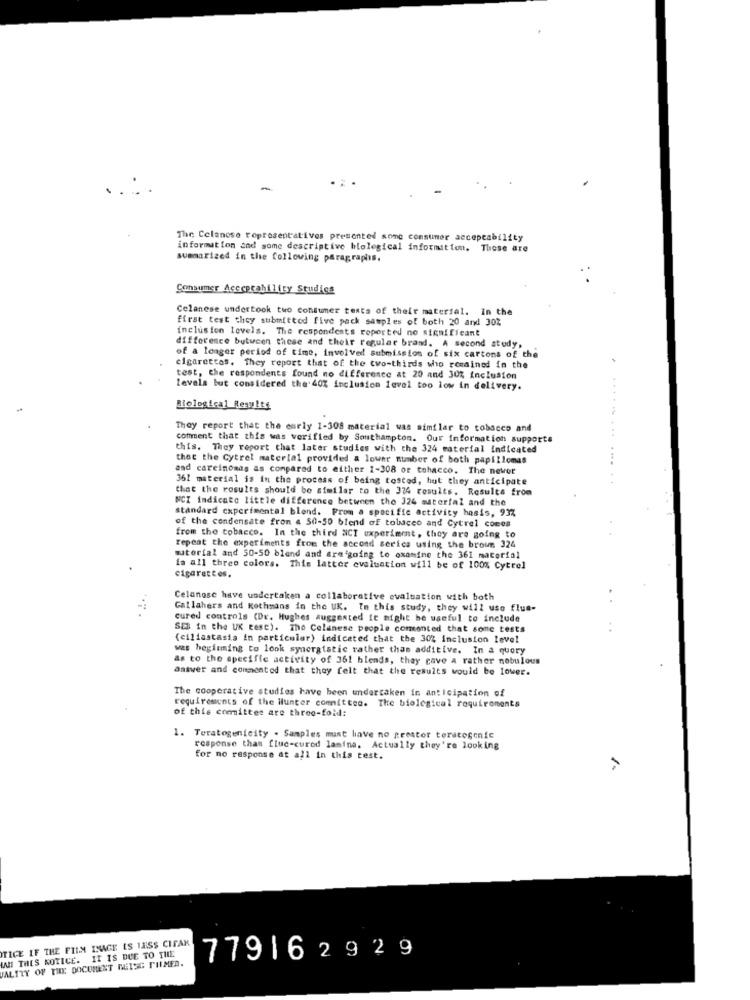
The Celanese representatives presented some consumer acceptability
information and some descriptive hlolegical information. Those are
summarized in the following paragraphs.
Consumer Acceptability Studies
Celanese undertook two Consumer tests of their material. In the
first test they submitted five pack samples of both 20 and 302
inclusion levels. The respondents reported no significant
difference between these and their regular brand. A second study,
of a longer period of time, involved submission of six cartons of the
cigarettas. They report that of the two-thirds wio remained in the
test, the respondents found no difference at 20 and 30% Inclusion
Levels but considered the 40% inclusion level too low in delivery.
Miological Results
.....
They report that the early 1-308 material was similar to tobacco and
....
comment that this was verified by Southampton. Our information supporte
this. They report that later studies with the 324 material indicated
that the Cytrel material provided & lower number of both papillomas
and carcinomas as compared to either 1-308 or tobacco. The newer
361 material is in the process of being tosted, hut they anticipate
.... ..
that the results should be similar to the 324 results. Results from
WCZ Indicato little difference between the 324 material and the
standard cxperimental blend. From a specific activity hosis, 93%
of the condensate fron a 50-50 blend of tobacco and Cytrel comes
from the tobacco. In the third NCT experiment, they are going to
repeat the experiments from the accord serica using the brown 324
material and 50-50 blend and are going to examine the 361 material
in all three colors. This latter evaluation will be of 100% Cytrel
cigarettes.
Celanese have undertaken a collaborative evaluation with both
Gallahers and Kothmans in the UK. In this study, they will uso flue-
cured controls (Dr. Hughes suggested It might be useful to include
SEI in the UK cesc). The Celanese people commented that some tests
(ciliastasis in particular) indicated that the 30% inclusion level
was beginning to look synergistic rather than additive. In a query
as to the specific activity of 361 blends, they gave a rather nebulous
answer and commented that they felt that the results would be lower.
The cooperative studies have been undertaken in anticipation of
requirements of the Hunter committee. The biological requirements
of this comittee are three-fold:
1. Teratogenicity . Samples must have no prostor teratogenic
response than fluc-cured lamina. Actually they're looking
for no response at all in this test.
1.
TICE IF THE FILM IMAGE IS LASS CIFAK
AAH THIS NOTICE. IT IS DUE TO THE
TALTTY OF THE DOCUMENT MEISG PIMED.
779162929